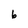
Character: 6